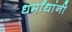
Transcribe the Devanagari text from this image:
धर्मांधांनी